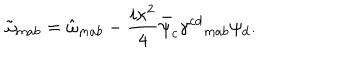
\tilde { \omega } _ { m a b } = \hat { \omega } _ { m a b } - \frac { i \kappa ^ { 2 } } { 4 } \bar { \psi } _ { c } \gamma ^ { c d } { } _ { m a b } \psi _ { d } .